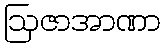
ဩဇာအာဏာ